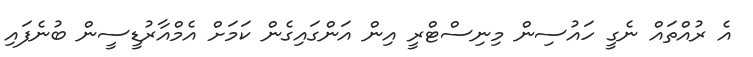
އެ ރުއްތައް ނެގީ ހައުސިން މިނިސްޓްރީ އިން އަންގައިގެން ކަމަށް އެމްއާރުޑީސީން ބުނެފައި